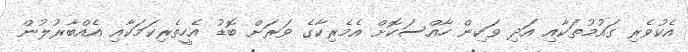
އެކުވެރި ގައުމުތަކާއި އަދި ވަކިން ހާއްސަކޮށް އެމެރިކާގެ ވަރަށް ބޮޑު އެހީތެރިކަމަކާއި އެއްބާރުލުން